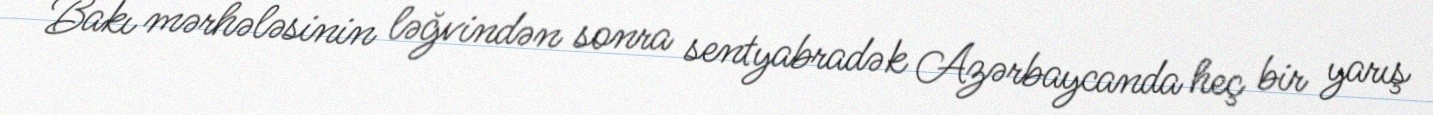
Bakı mərhələsinin ləğvindən sonra sentyabradək Azərbaycanda heç bir yarış